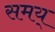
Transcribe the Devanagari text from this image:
समय्